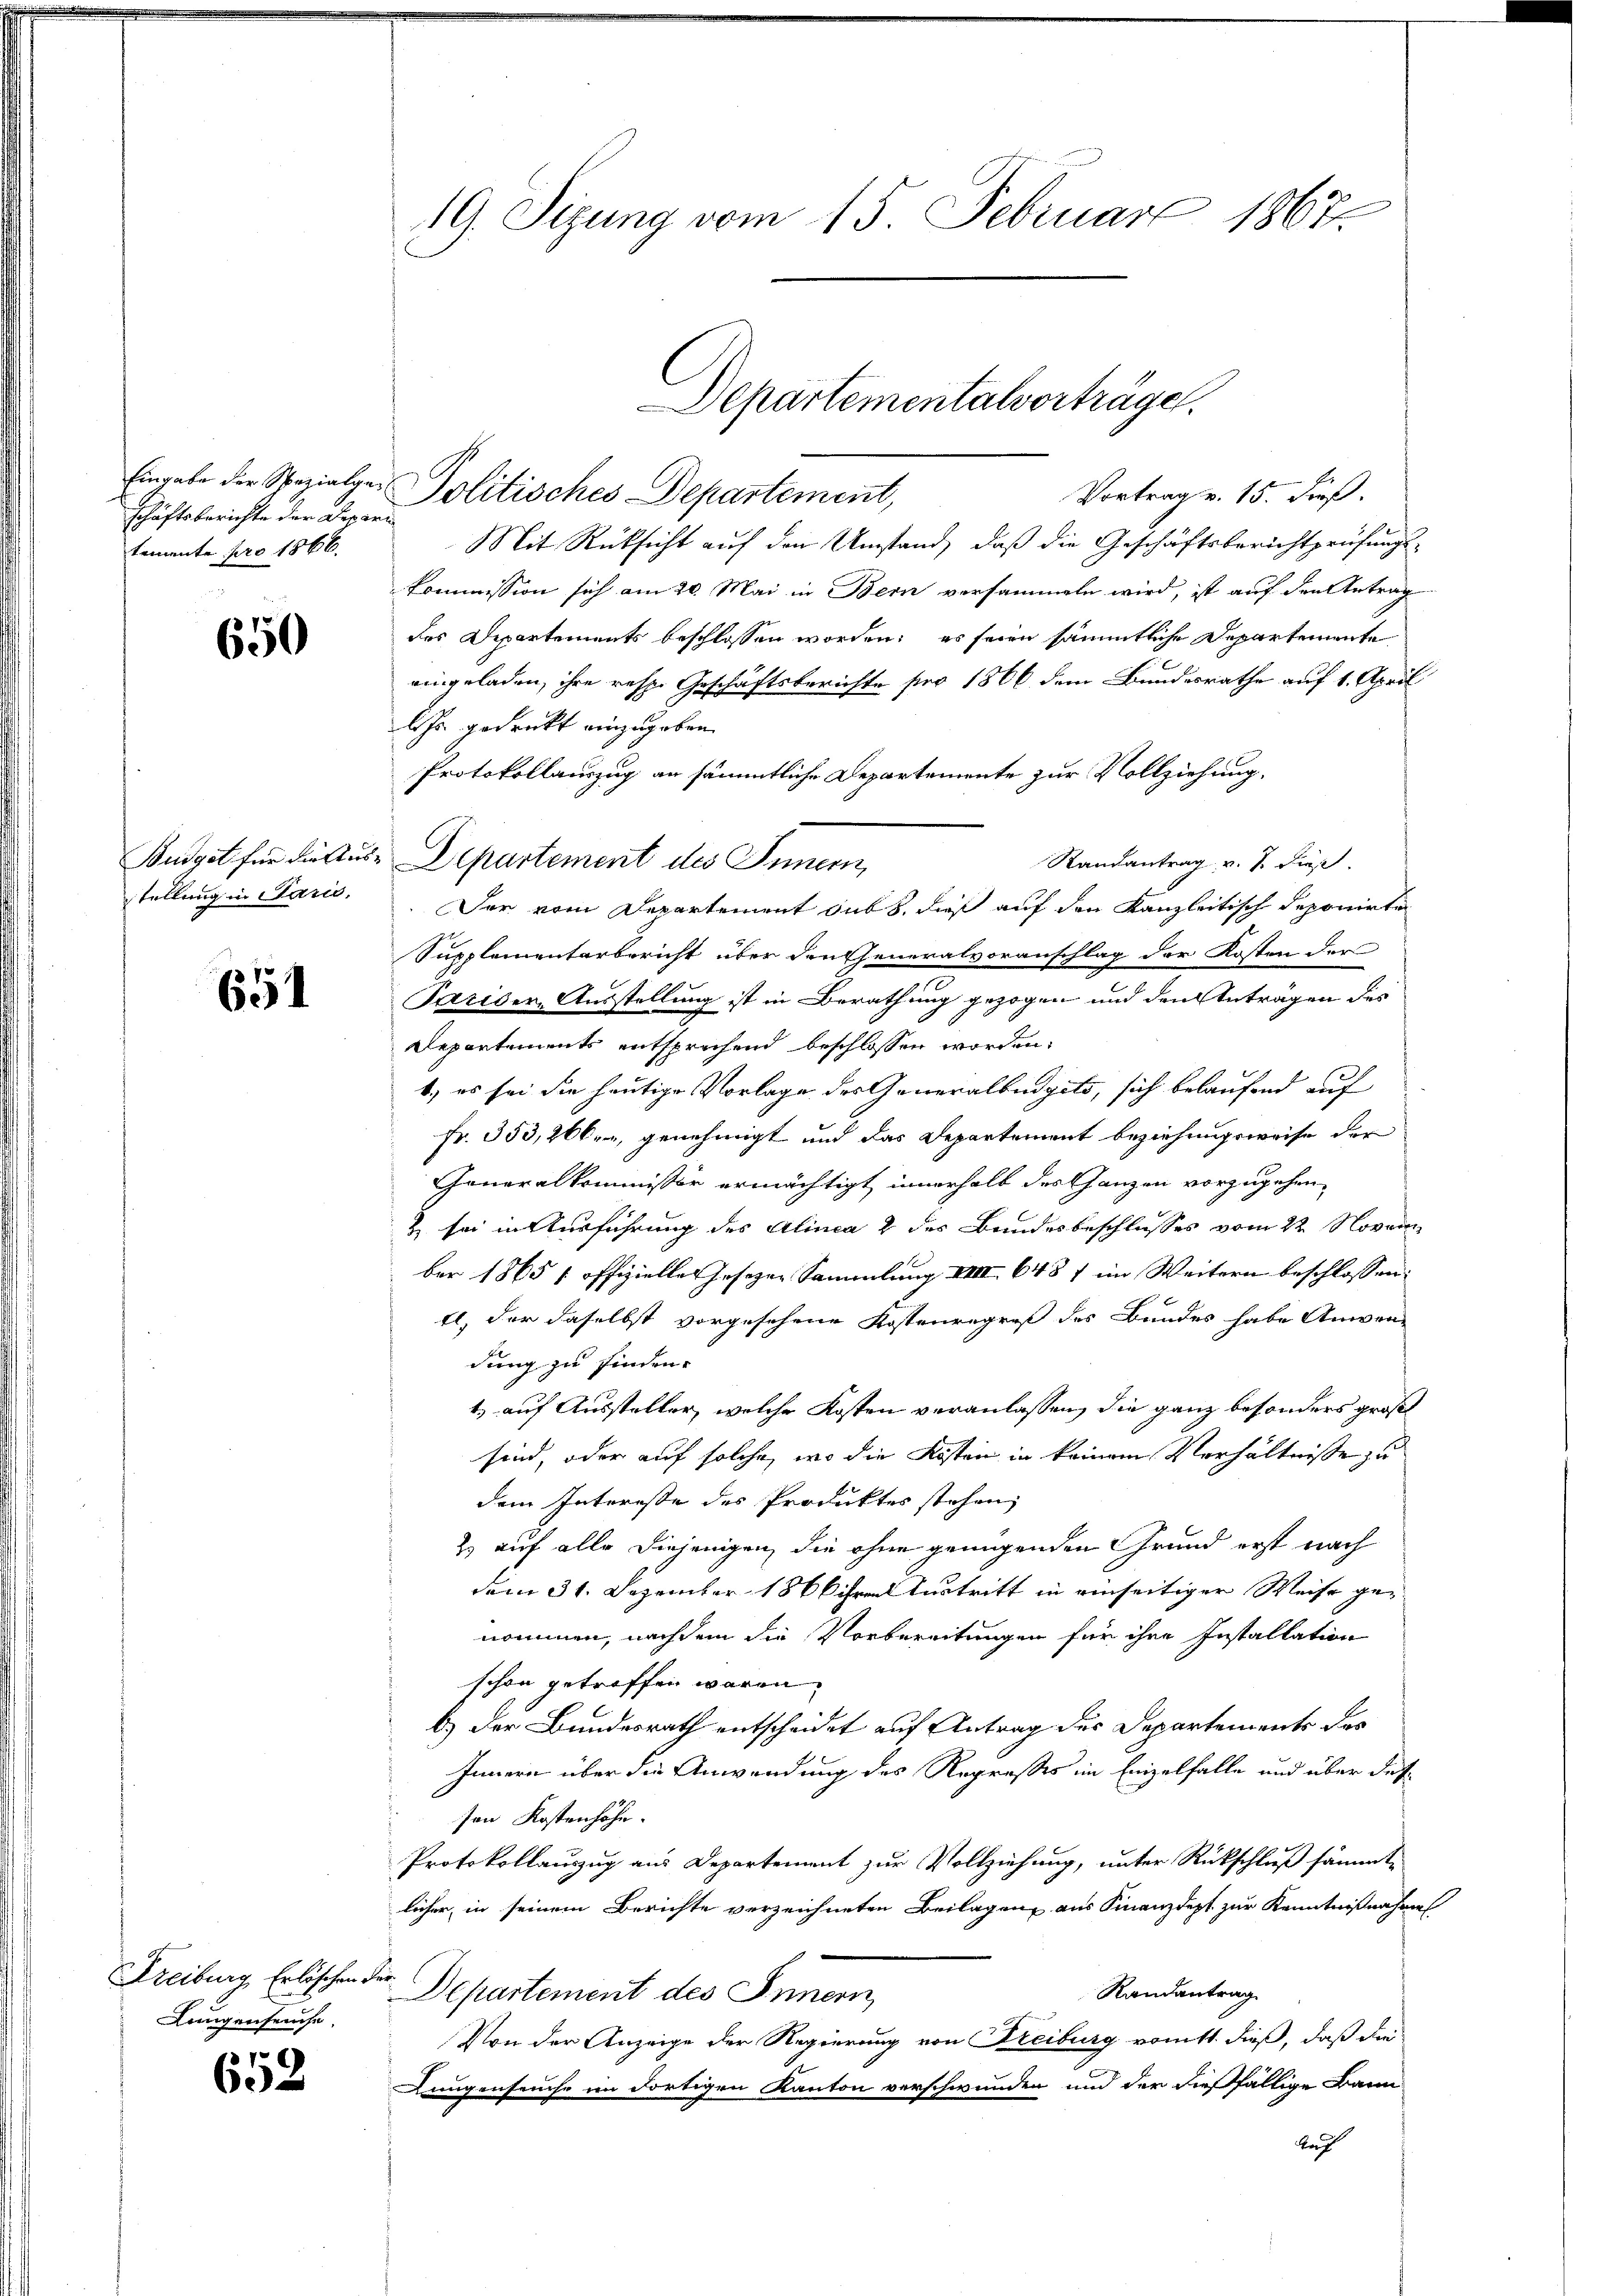
schäftsberichte der Depari
temente pro 1866.

650

651

Freiburg, Erlöschen der¬
Lungenseuche

652

19. Sizung vom 15. Februar 1867.

Eingabe der Spezialger Politisches Departement,
Vortrag v. 15. dieß.
Mit Rücksicht auf den Umstand, daß die Geschäftsberichtprüfungs¬
Kommission sich am 20. Mai in Bern versammeln wird, ist auf den Antrag
des Departements beschlossen worden; es seien sämmtliche Departemente
eingeladen, ihre resp. Geschäftsberichte pro 1866 dem Bundesrathe auf 1. April
AJs. gedruckt einzugeben.
Protokollauszug an sämmtliche Departemente zur Vollziehung.
Randantrag v. 7. dies
stellung in Parić. Der vom Departement sub 8. dieß auf den Kanzleitisch deponirte
Supplementarbericht über den Generalvoranschlag der Kosten der
Pariser, Ausstellung ist in Berathung gezogen und den Anträgen des
Departements entsprechend beschlossen worden.
b.) es sei die heutige Vorlage des Generalbüdgets, sich belaufend auf
Fr. 353,20ber, genehmigt und das Departement beziehungsweise der
Generalkommissor ermächtigt innerhalb des Ganzen vorzugehen,
& sei in Ausführung des Alinea 2 des Bundesbeschlusses vom 22. Novem
ber 1865 [ offizielles Gesezen Sammlung IIIII 648 7 im Weitern beschlossen:
El, der daselbst vorgesehene Kostenregreß des Bundes habe Anwen-
dung zu finden.
1) auf Aussteller, welche Kosten veranlassen, die ganz besonders groß
sind, oder auf solche, wo die Kosten in keinem Verhältnisse zu
dem Interesse des Produktes stehen,
2) auf alle diejenigen, die ohne genügenden Grund erst nach
dem 31. Dezember 1866 ihren Austritt in einseitiger Weise genommen, nachdem die Vorbereitungen für ihre Installation
schon getroffen waren.
b.) Der Bundesrath entscheidet auf Antrag des Departements das
Innern über die Anwendung des Regresses im Einzelfalle und über dessen Kostenhöhen.
Protokollauszug aus Departement zur Vollziehung, unter Rückschluß sämmtlicher, in seinem Berichte verzeichneten Beilagen aus Finanzdept zur Kenntnißnahme
Randantrag
Departement des Innern,
Von der Anzeige der Regierung von Freiburg vom 11. dieß, daß die
Lungenseuche im dortigen Kanton verschwunden und der dießfällige Bann
Auch

Budget für die Aus Departement des Innern,

Departementalverträge.